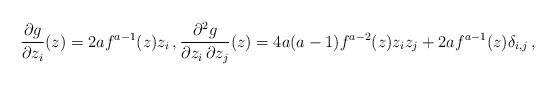
LaTeX: \begin{align*}\frac{\partial g}{\partial z_i} (z) &= 2a f^{a-1}(z) z_i \,, \frac{\partial^2 g}{\partial z_i\, \partial z_j} (z) = 4a(a-1)f^{a-2}(z) z_i z_j + 2a f^{a-1}(z) \delta_{i,j} \,,\end{align*}